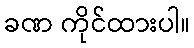
ခဏ ကိုင်ထားပါ။